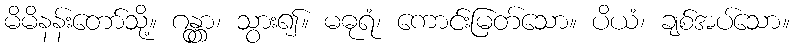
မိမိနန်းတော်သို့။ ဂန္တွာ၊ သွား၍။ မဓုရံ၊ ကောင်းမြတ်သော။ ပိယံ၊ ချစ်အပ်သော။